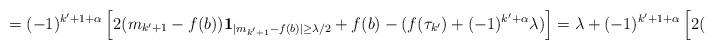
LaTeX: \begin{align*}=(-1)^{k'+1+\alpha}\left[2(m_{k'+1}-f(b))\mathbf{1}_{|m_{k'+1}-f(b)|\ge\lambda/2}+f(b)-(f(\tau_{k'})+(-1)^{k'+\alpha}\lambda)\right]=\lambda+(-1)^{k'+1+\alpha}\left[2(m_{k'+1}-f(b))\mathbf{1}_{|m_{k'+1}-f(b)|\ge\lambda/2}+f(b)-f(\tau_{k'})\right]\end{align*}